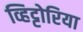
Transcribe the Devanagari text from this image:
व्हिट्टोरिया